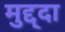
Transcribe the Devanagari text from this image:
मुद्द्दा